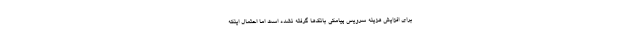
برای افزایش هزینه سرویس پیامکی بانک‌ها گرفته نشده است اما احتمال اینکه